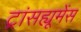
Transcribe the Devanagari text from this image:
ट्रांसह्यूमेंस